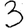
Digit: 3